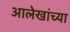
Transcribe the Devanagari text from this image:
आलेखांच्या